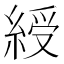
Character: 綬